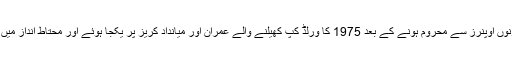
صرف 24 رنز پر دونوں اوپنرز سے محروم ہونے کے بعد 1975 کا ورلڈ کپ کھیلنے والے عمران اور میانداد کریز پر یکجا ہوئے اور محتاط انداز میں بلے بازی شروع کی۔